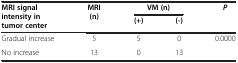
<table><thead><tr><td rowspan="2"><b>MRI signal intensity in tumor center</b></td><td rowspan="2"><b>MRI (n)</b></td><td colspan="2"><b>VM (n)</b></td><td rowspan="2"><b><i>P</i></b></td></tr><tr><td><b>(+)</b></td><td><b>(-)</b></td></tr></thead><tbody><tr><td>Gradual increase</td><td>5</td><td>5</td><td>0</td><td rowspan="2">0.0000</td></tr><tr><td>No increase</td><td>13</td><td>0</td><td>13</td></tr></tbody></table>